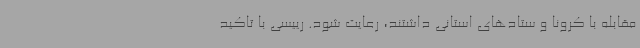
مقابله با کرونا و ستادهای استانی داشتند، رعایت شود. رییسی با تاکید